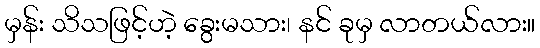
မှန်း သိသဖြင့်ဟဲ့ ခွေးမသား၊ နင် ခုမှ လာတယ်လား။